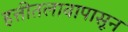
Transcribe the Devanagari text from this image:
हत्तीतलावापासून